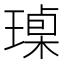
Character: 𱯟